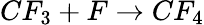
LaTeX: CF_{3}+F\rightarrow CF_{4}